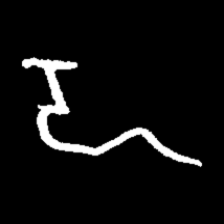
Pyu character \u2014 Myanmar letter: ဍ (romanized: dda)